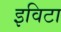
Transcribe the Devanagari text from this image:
इविटा